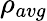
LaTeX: \rho_{avg}